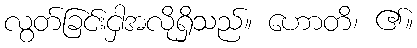
လွတ်ခြင်းငှါအလိုရှိသည်။ ဟောတိ၊ ၏။